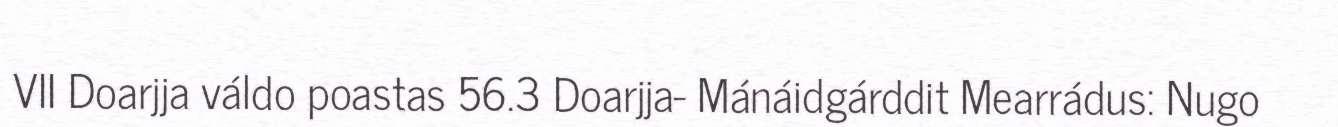
VII Doarjja váldo poastas 56.3 Doarjja- Mánáidgárddit Mearrádus: Nugo